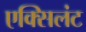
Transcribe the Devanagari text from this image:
एक्सिलंट